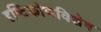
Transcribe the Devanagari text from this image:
दृष्टिकोणविशेष